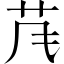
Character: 𱽐